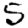
Digit: 5